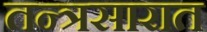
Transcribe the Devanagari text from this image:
तन्त्रसारात